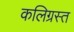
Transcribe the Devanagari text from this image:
कलिग्रस्त